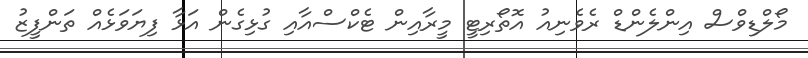
މޯލްޑިވްސް އިންލެންޑް ރެވެނިއު އޮތޯރިޓީ މީރާއިން ޓެކްސްއާއި ގުޅިގެން އަޅާ ފިޔަވަޅެއް ތަންފީޒު